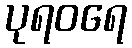
ပုရဝရေ